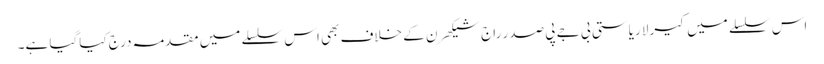
اس سلسلے میں کیرلا ریاستی بی جے پی صدر راج شیکھرن کے خلاف بھی اس سلسلے میں مقدمہ درج کیاگیا ہے۔